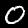
Label: 0